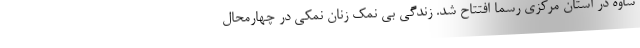
ساوه در استان مرکزی رسما افتتاح شد. زندگی بی نمک زنان نمکی در چهارمحال